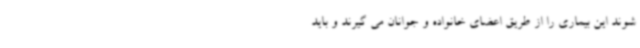
شوند این بیماری را از طریق اعضای خانواده و جوانان می گیرند و باید